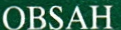
OBSAH